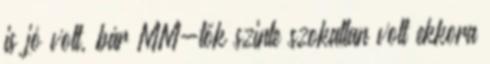
is jó volt, bár MM-tők szinte szokatlan volt ekkora